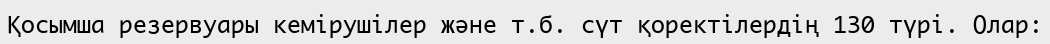
Қосымша резервуары кемірушілер және т.б. сүт қоректілердің 130 түрі. Олар: